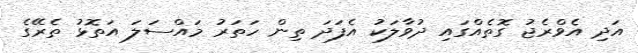
އަދި އެވްރެޖު ގޮތެއްގައި ދުވާލަކު އެފަދަ ތިން ހަތަރު މައްސަލަ އަތޮޅު ތެރޭގެ